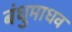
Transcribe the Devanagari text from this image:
बंधुमाधव